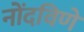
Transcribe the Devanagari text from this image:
नोंदविणे